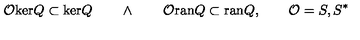
\mathcal { O } \mathrm { k e r } Q \subset \mathrm { k e r } Q \quad \quad \wedge \quad \quad \mathcal { O } \mathrm { r a n } Q \subset \mathrm { r a n } Q , \quad \quad \mathcal { O } = S , S ^ { \ast }